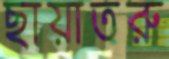
ছায়াতরু